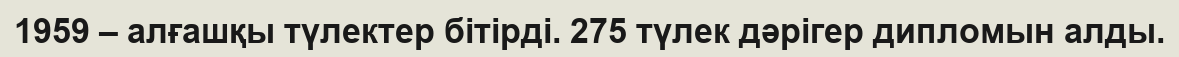
1959 – алғашқы түлектер бітірді. 275 түлек дәрігер дипломын алды.